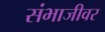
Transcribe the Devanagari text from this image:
संभाजीवर